Annual report of the Punjab Veterinary College and of the Civil Veterinary Department, Punjab - 1926-1932
Year: 1926
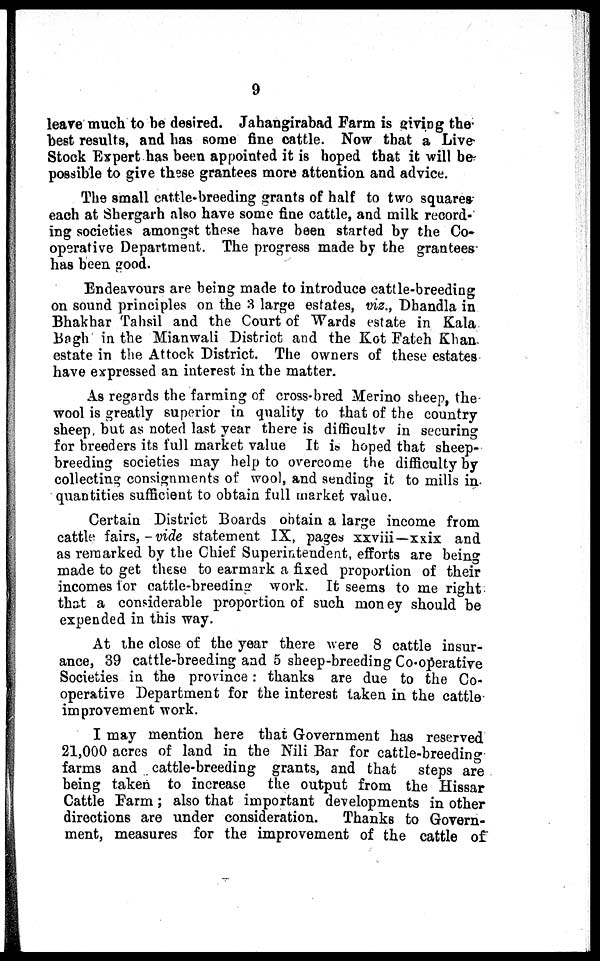
9
leave much to be desired. Jahangirabad Farm is giving the
best results, and has some fine cattle. Now that a Live
Stock Expert has been appointed it is hoped that it will be
possible to give these grantees more attention and advice.
The small cattle-breeding grants of half to two squares
each at Shergarh also have some fine cattle, and milk record-
ing societies amongst these have been started by the Co-
operative Department. The progress made by the grantees
has been good.
Endeavours are being made to introduce cattle-breeding
on sound principles on the 3 large estates, viz., Dhandla in
Bhakhar Tahsil and the Court of Wards estate in Kala
Bagh in the Mianwali District and the Kot Fateh Khan
estate in the Attock District. The owners of these estates
have expressed an interest in the matter.
As regards the farming of cross-bred Merino sheep, the
wool is greatly superior in quality to that of the country
sheep, but as noted last year there is difficulty in securing
for breeders its full market value It is hoped that sheep-
breeding societies may help to overcome the difficulty by
collecting consignments of wool, and sending it to mills in
quantities sufficient to obtain full market value.
Certain District Boards obtain a large income from
cattle fairs, -vide statement IX, pages xxviii—xxix and
as remarked by the Chief Superintendent, efforts are being
made to get these to earmark a fixed proportion of their
incomes for cattle-breeding work. It seems to me right
that a considerable proportion of such money should be
expended in this way.
At the close of the year there were 8 cattle insur-
ance, 39 cattle-breeding and 5 sheep-breeding Co-operative
Societies in the province: thanks are due to the Co-
operative Department for the interest taken in the cattle
improvement work.
I may mention here that Government has reserved
21,000 acres of land in the Nili Bar for cattle-breeding
farms and cattle-breeding grants, and that
steps are
being taken to increase
the output from the Hissar
Cattle Farm; also that important developments in other
directions are under consideration.
Thanks to Govern-
ment, measures for the improvement of the cattle of